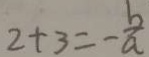
2 + 3 = - \frac { b } { a }